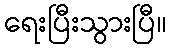
ရေးပြီးသွားပြီ။